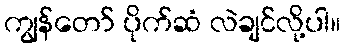
ကျွန်တော် ပိုက်ဆံ လဲချင်လို့ပါ။